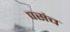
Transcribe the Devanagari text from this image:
पसंच